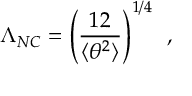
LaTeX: \Lambda _ { N C } = \left( \frac { 1 2 } { \langle \theta ^ { 2 } \rangle } \right) ^ { 1 / 4 } \, \, \, ,